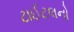
ટાઈટલનો